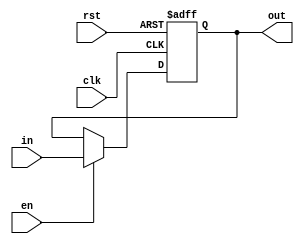
module RegisterPosEdge(in, clk, en, rst, out);
    parameter N = 32;

    input [N - 1:0] in;
    input clk, rst, en;

    output reg [N - 1:0] out;
    
    always @(posedge clk or posedge rst) begin
        if (rst)
            out <= {N{1'b0}};
        else if (en)
            out <= in;            
    end

endmodule